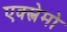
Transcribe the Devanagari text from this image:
एक्स्त्रेमो